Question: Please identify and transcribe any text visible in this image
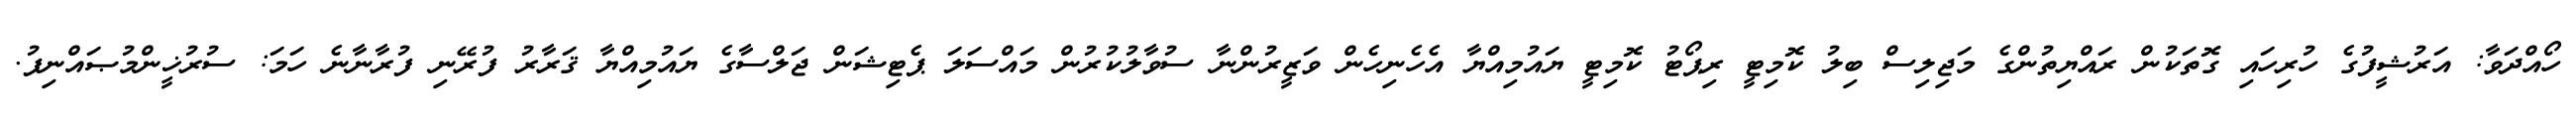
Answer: ހޯއްދަވާ: އަރުޝީފުގެ ހުރިހައި ގޮތަކުން ރައްޔިތުންގެ މަޖިލިސް ބިލު ކޮމިޓީ ރިޕޯޓު ކޮމިޓީ ޔައުމިއްޔާ އެހެނިހެން ވަޒީރުންނާ ސުވާލުކުރުން މައްސަލަ ޕެޓިޝަން ޖަލްސާގެ ޔައުމިއްޔާ ޤަރާރު ފުރޭނި ފުރާނާނެ ހަމަ: ސުރުޚީންމުޞައްނިފު.